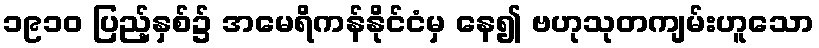
၁၉၁၀ ပြည့်နှစ်၌ အမေရိကန်နိုင်ငံမှ နေ၍ ဗဟုသုတကျမ်းဟူသော